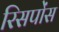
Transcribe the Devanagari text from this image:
रिसपोंस